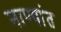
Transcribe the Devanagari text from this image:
नाण्यांत